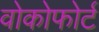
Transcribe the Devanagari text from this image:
वोकोफोर्ट